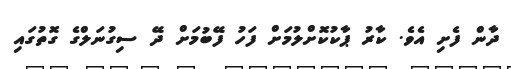
ދާން ފެށި އެވެ. ކާރު ޕާކުކޮށްލުމަށް ފަހު ފޭބުމަށް ދޭ ސިގުނަލްގެ ގޮތުގައި